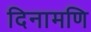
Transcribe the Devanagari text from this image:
दिनामणि